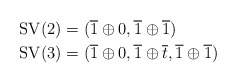
\begin{align*} \operatorname{SV}(2) &= (\overline{1}\oplus 0, \overline{1} \oplus \overline{1})\\ \operatorname{SV}(3) &= (\overline{1} \oplus 0, \overline{1} \oplus \overline{t}, \overline{1} \oplus \overline{1})\end{align*}